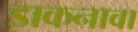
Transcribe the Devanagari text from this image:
डाकनावा